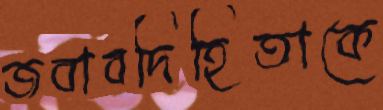
জবাবদিহিতাকে